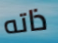
ذاته